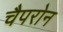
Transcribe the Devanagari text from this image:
चैपरोन